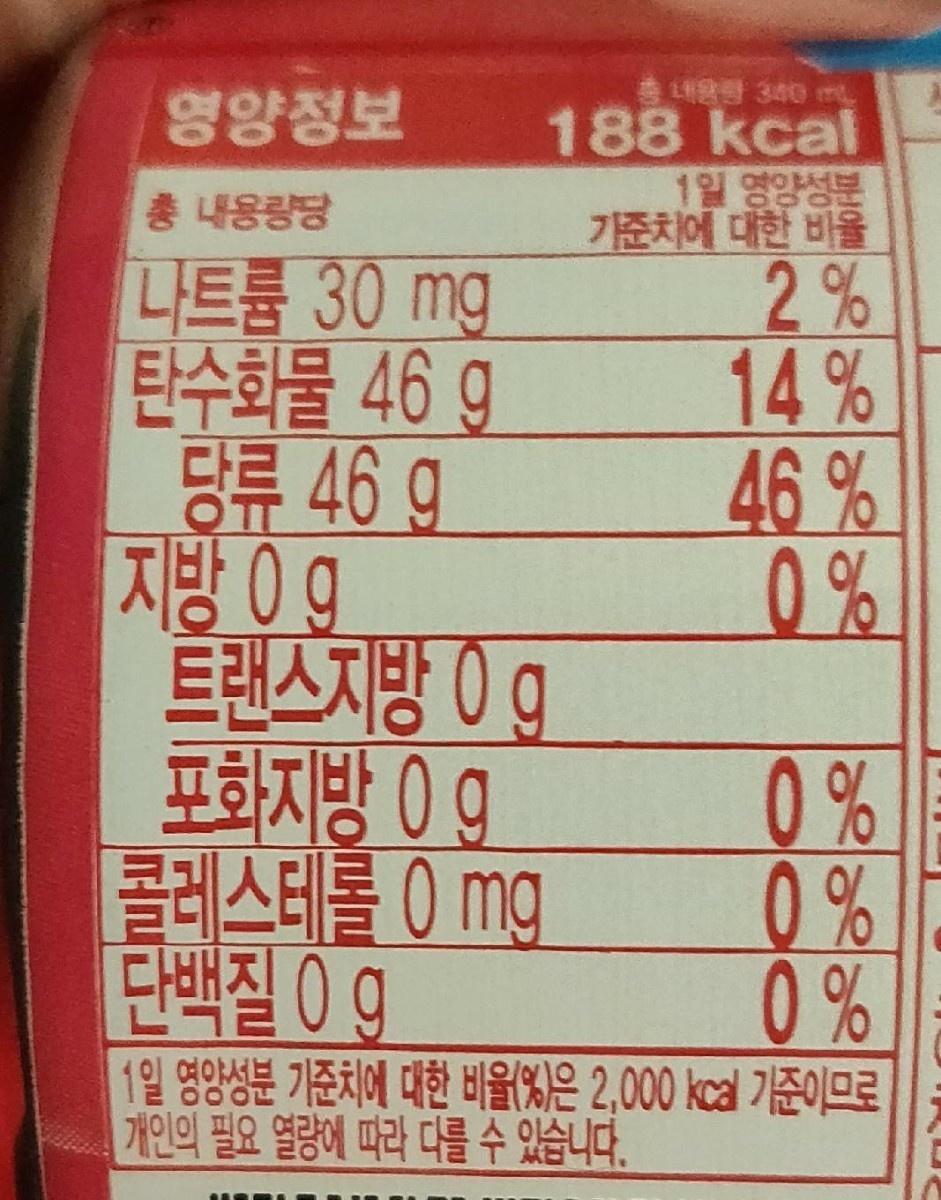
L 340 m
영양정보
188 kcal 1일 영양성분 가준치에 대한 비율
총 내용량당
나트륨 30 mg 탄수화물 46 9 당류 46 9
2% 14% 46%
OT
지방 09g 트랜스지방 0g
0%
포화지방 0g
콜레스테롤 0 mg 단백질 09 1일 영양성분 기준치에 대한 비울(%)은 2,000 kcal 기준이므로 |개인의 필요 열량에 따라 다를 수 있습니다.
0% 0 % 0%